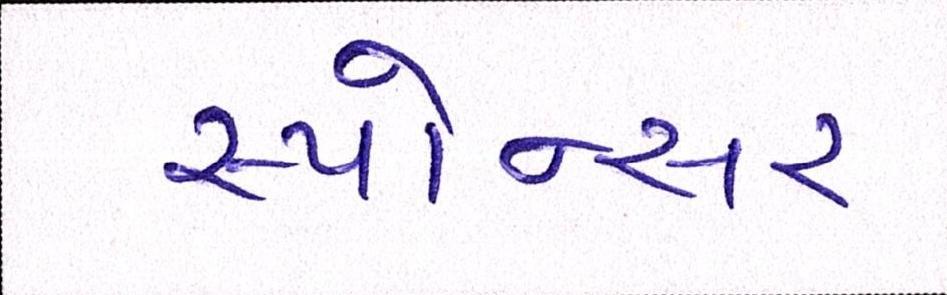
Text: સ્પોન્સર